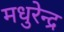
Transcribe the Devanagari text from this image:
मधुरेन्द्र